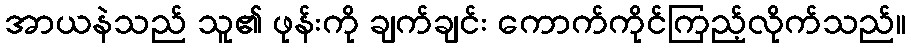
အာယနဲသည် သူ၏ ဖုန်းကို ချက်ချင်း ကောက်ကိုင်ကြည့်လိုက်သည်။